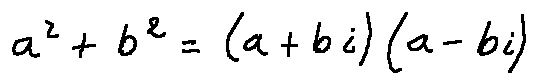
a ^ { 2 } + b ^ { 2 } = ( a + b i ) ( a - b i )